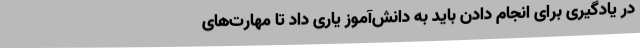
در یادگیری برای انجام دادن باید به دانش‌آموز یاری داد تا مهارت‌های